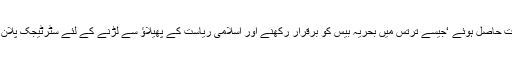
دیگرمفادات حاصل ہوئے ‘جیسے ترتس میں بحریہ بیس کو برقرار رکھنے اور اسلامی ریاست کے پھیلاؤ سے لڑنے کے لئے سٹرٹیجک پلان شامل ہیں۔